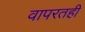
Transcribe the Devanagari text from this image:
वापरतही